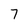
Character: 7